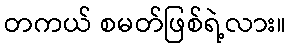
တကယ် စမတ်ဖြစ်ရဲ့လား။